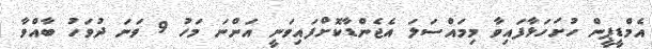
އެމްޑީޕީން ހުށަހަޅާފައިވާ މިމައްސަލަ އެޖެންޑާކޮށްފައިވަނީ އަންނަ މަހު 9 ވަނަ ދުވަހު ބާއްވާ